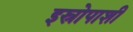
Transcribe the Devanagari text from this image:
इस्रोपाशी